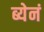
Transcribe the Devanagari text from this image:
ब्येनं